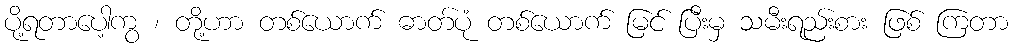
ပို့ရတာပေါ့ကွ ၊ တို့ဟာ တစ်ယောက် ဓာတ်ပုံ တစ်ယောက် မြင် ပြီးမှ သမီးရည်းစား ဖြစ် ကြတာ